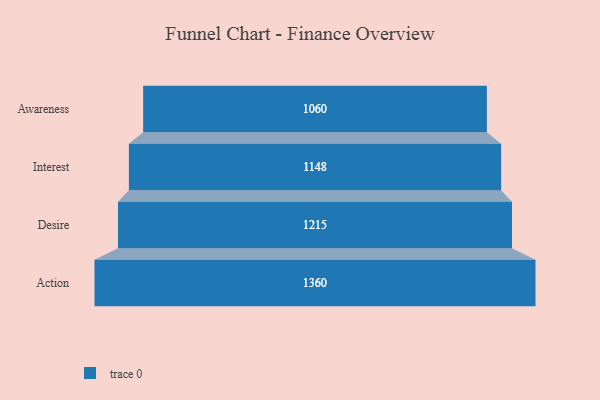
{"axis": {"x": "Stage", "y": "Value"}, "legend": [""], "data": [{"x": "Awareness", "y": 1060.0, "type": ""}, {"x": "Interest", "y": 1148.0, "type": ""}, {"x": "Desire", "y": 1215.0, "type": ""}, {"x": "Action", "y": 1360.0, "type": ""}]}